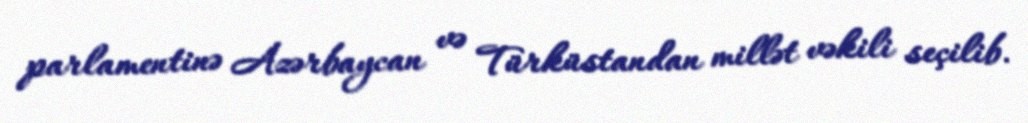
parlamentinə Azərbaycan və Türküstandan millət vəkili seçilib.